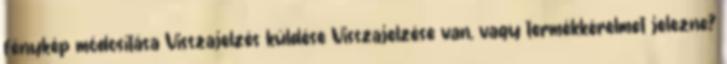
fénykép módosítása Visszajelzés küldése Visszajelzése van, vagy termékkérelmet jelezne?